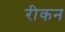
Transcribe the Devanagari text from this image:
रीकन